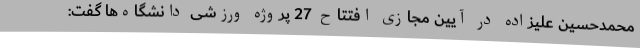
محمدحسین علیزاده در آیین مجازی افتتاح 27 پروژه ورزشی دانشگاه‌ها گفت: